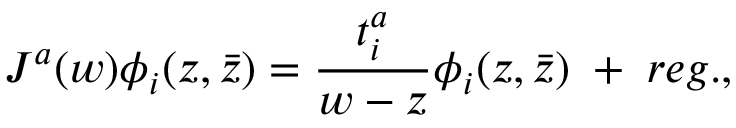
J ^ { a } ( w ) \phi _ { i } ( z , \bar { z } ) = { \frac { t _ { i } ^ { a } } { w - z } } \phi _ { i } ( z , \bar { z } ) \; + \; r e g . ,